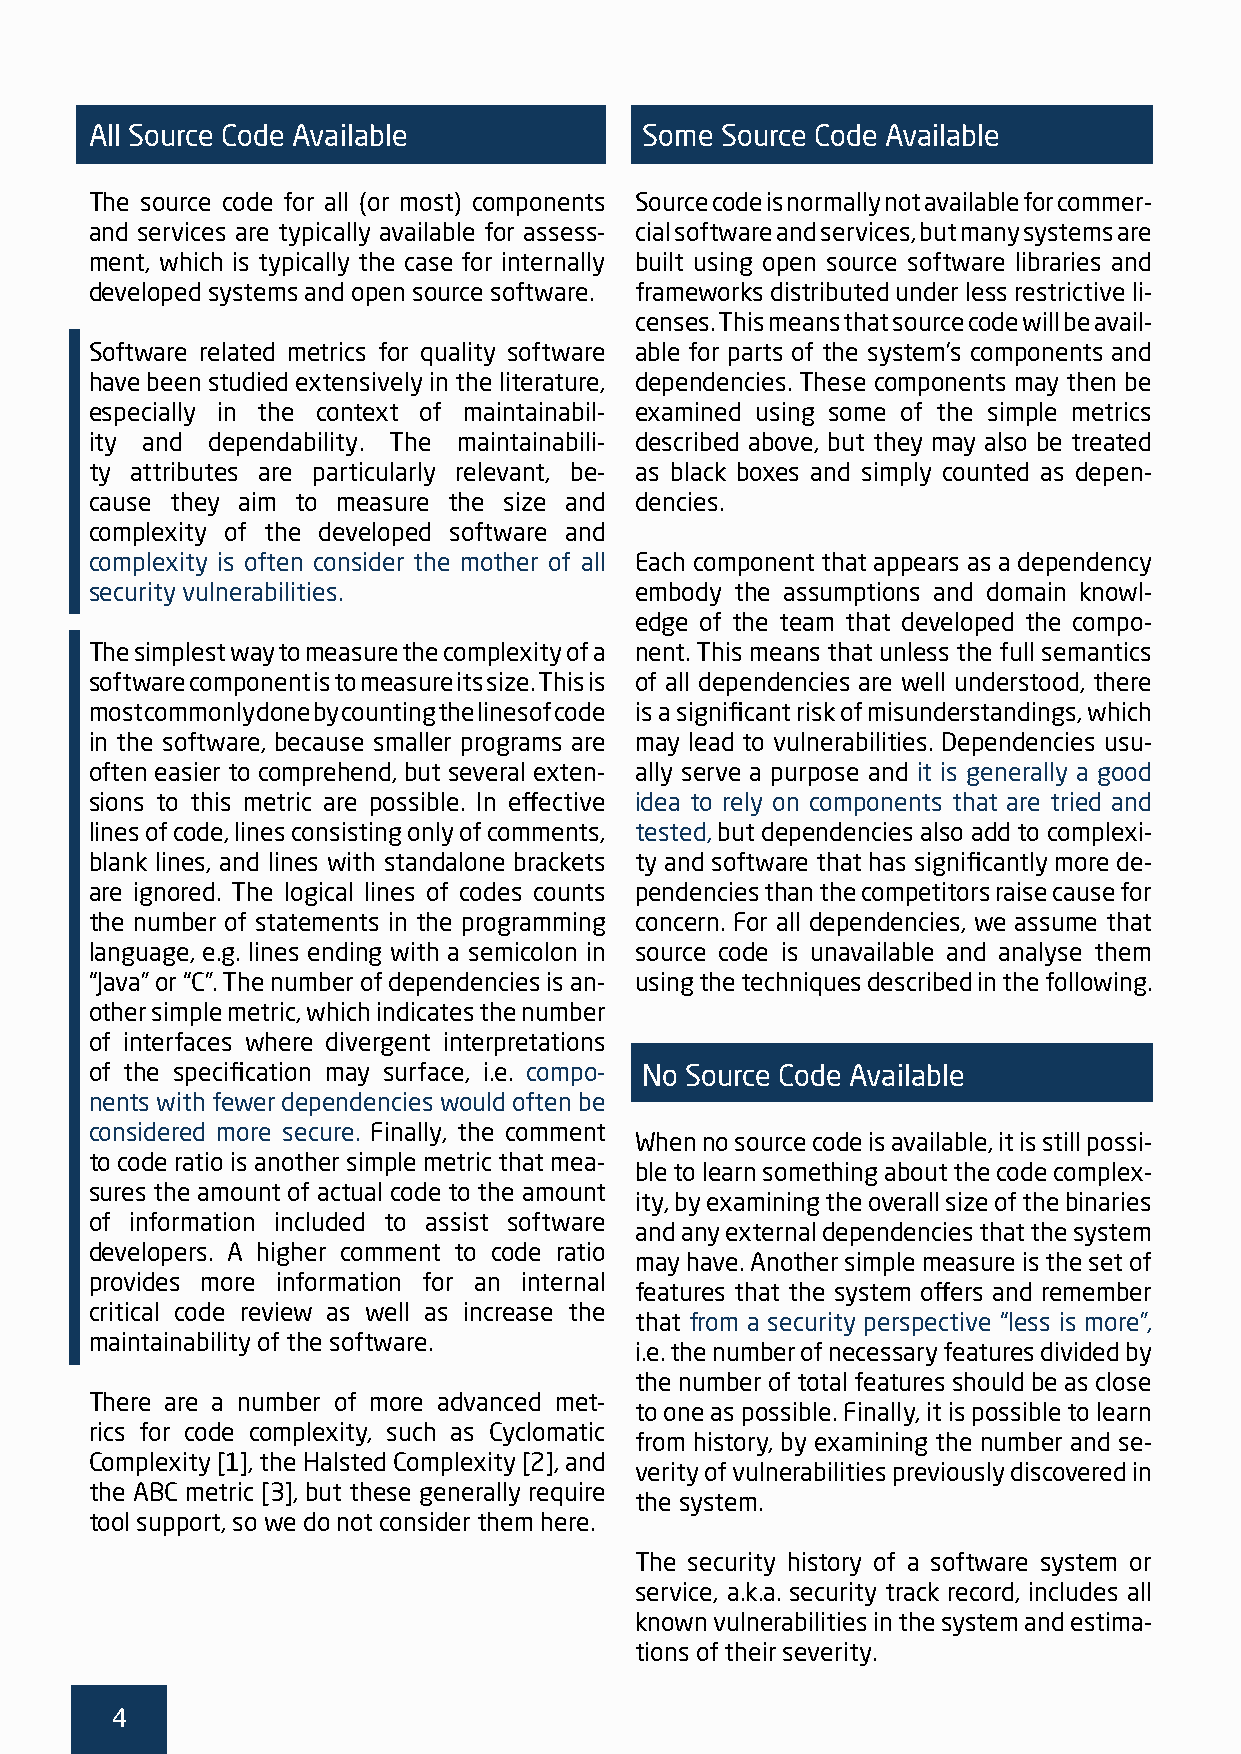
All Source Code Available            Some Source Code Available
 The source code for all (or most) components Source code is normally not available for commer-
 and services are typically available for assess- cial software and services, but many systems are
 ment, which is typically the case for internally built using open source software libraries and
 developed systems and open source software. frameworks distributed under less restrictive li-
 censes. This means that source code will be avail-
 Software related metrics for quality software able for parts of the system’s components and
 have been studied extensively in the literature, dependencies. These components may then be
 especially in the context of maintainabil- examined using some of the simple metrics
 ity and dependability. The maintainabili- described above, but they may also be treated
 ty attributes are particularly relevant, be- as black boxes and simply counted as depen-
 cause they aim to measure the size and dencies.
 complexity of the developed software and
 complexity is often consider the mother of all Each component that appears as a dependency
 security vulnerabilities.           embody the assumptions and domain knowl-
 edge of the team that developed the compo-
 The simplest way to measure the complexity of a nent. This means that unless the full semantics
 software component is to measure its size. This is of all dependencies are well understood, there
 most commonly done by counting the lines of code is a significant risk of misunderstandings, which
 in the software, because smaller programs are may lead to vulnerabilities. Dependencies usu-
 often easier to comprehend, but several exten- ally serve a purpose and it is generally a good
 sions to this metric are possible. In effective idea to rely on components that are tried and
 lines of code, lines consisting only of comments, tested, but dependencies also add to complexi-
 blank lines, and lines with standalone brackets ty and software that has significantly more de-
 are ignored. The logical lines of codes counts pendencies than the competitors raise cause for
 the number of statements in the programming concern. For all dependencies, we assume that
 language, e.g. lines ending with a semicolon in source code is unavailable and analyse them
 “Java” or “C”. The number of dependencies is an- using the techniques described in the following.
 other simple metric, which indicates the number
 of interfaces where divergent interpretations
 of the specification may surface, i.e. compo- No Source Code Available
 nents with fewer dependencies would often be
 considered more secure. Finally, the comment
 When no source code is available, it is still possi-
 to code ratio is another simple metric that mea-
 ble to learn something about the code complex-
 sures the amount of actual code to the amount
 ity, by examining the overall size of the binaries
 of information included to assist software
 and any external dependencies that the system
 developers. A higher comment to code ratio
 may have. Another simple measure is the set of
 provides more information for an internal
 features that the system offers and remember
 critical code review as well as increase the
 that from a security perspective “less is more”,
 maintainability of the software.
 i.e. the number of necessary features divided by
 the number of total features should be as close
 There are a number of more advanced met-
 to one as possible. Finally, it is possible to learn
 rics for code complexity, such as Cyclomatic
 from history, by examining the number and se-
 Complexity [1], the Halsted Complexity [2], and
 verity of vulnerabilities previously discovered in
 the ABC metric [3], but these generally require
 the system.
 tool support, so we do not consider them here.
 The security history of a software system or
 service, a.k.a. security track record, includes all
 known vulnerabilities in the system and estima-
 tions of their severity.
 4